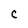
Character: C